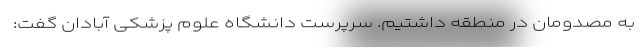
به مصدومان در منطقه داشتیم. سرپرست دانشگاه علوم پزشکی آبادان گفت: